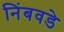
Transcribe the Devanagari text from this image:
निंबवडे